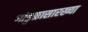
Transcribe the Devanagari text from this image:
गांडुळासारख्या